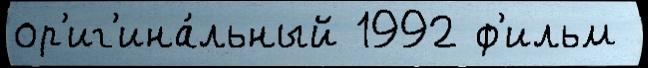
ор'иг'ина́льный 1992 ф'ильм